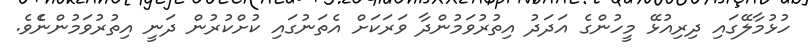
ހުޅުމާލޭގައި ދިރިއުޅޭ މީހުންގެ އަދަދު އިތުރުވަމުންދާ ވަރަކަށް އެތަނުގައި ކުށްކުރުން ދަނީ އިތުރުވަމުންނެެވެ.